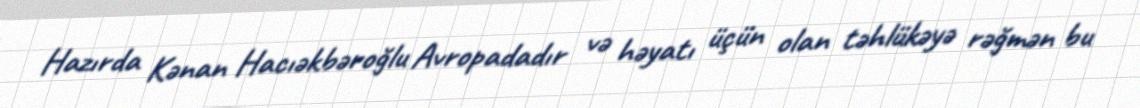
Hazırda Kənan Hacıəkbəroğlu Avropadadır və həyatı üçün olan təhlükəyə rəğmən bu